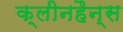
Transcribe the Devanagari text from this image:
क्लीनहैन्स